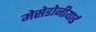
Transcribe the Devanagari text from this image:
मेसेडोनीयाई